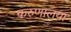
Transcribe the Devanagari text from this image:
करुणालया